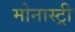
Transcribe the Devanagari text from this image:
मोनास्ट्री